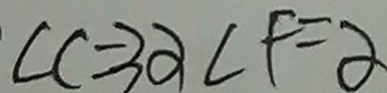
\angle C = 3 \alpha \angle F = \alpha